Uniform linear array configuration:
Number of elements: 12
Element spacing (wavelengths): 0.75
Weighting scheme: exponential
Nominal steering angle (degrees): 15
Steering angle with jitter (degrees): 14.529
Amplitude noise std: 0.05
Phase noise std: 0.05

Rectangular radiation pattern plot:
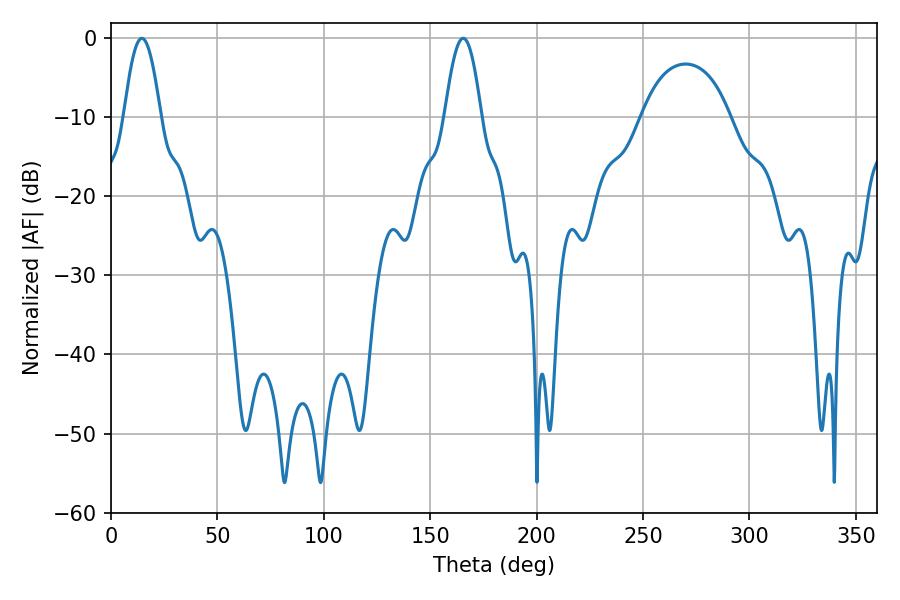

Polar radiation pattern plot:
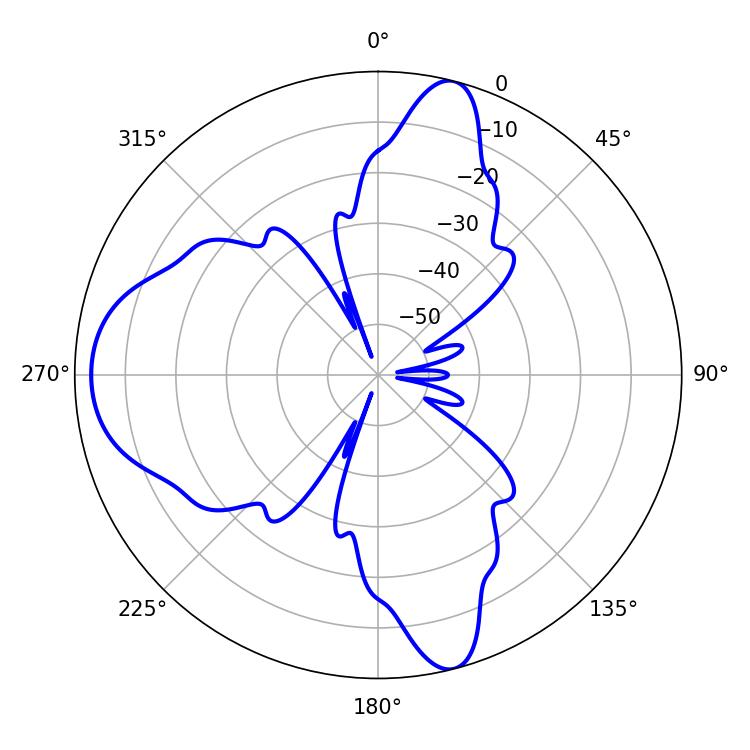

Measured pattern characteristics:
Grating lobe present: TRUE
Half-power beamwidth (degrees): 9.36
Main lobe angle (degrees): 14.58